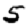
Digit: 5